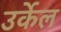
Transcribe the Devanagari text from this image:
उर्केल